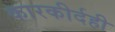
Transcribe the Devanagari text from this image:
कारकीर्दही